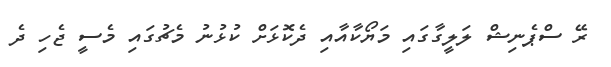
ރޭ ސްޕެނިޝް ލަލީގާގައި މަޔޯކާއާއި ދެކޮޅަށް ކުޅުނު މެޗުގައި މެސީ ޖެހި ދެ